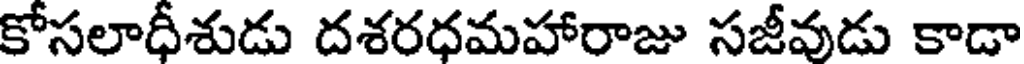
కోసలాధీశుడు దశరధమహారాజు సజీవుడు కాడా